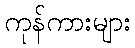
ကုန်ကားများ